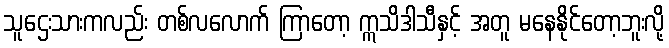
သူဌေးသားကလည်း တစ်လလောက် ကြာတော့ ဣသိဒါသီနှင့် အတူ မနေနိုင်တော့ဘူးလို့